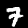
Label: 7